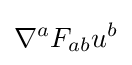
\nabla ^{a}F_{ab}u^{b}